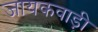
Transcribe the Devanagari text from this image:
जायकवाड़ी